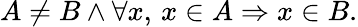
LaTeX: A\neq B\land\forall x,\, x\in A\Rightarrow x\in B.